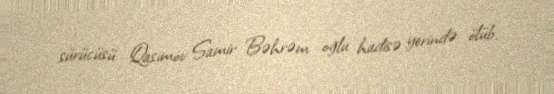
sürücüsü Qasımov Samir Bəhrəm oğlu hadisə yerində ölüb.